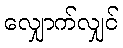
လျှောက်လျှင်